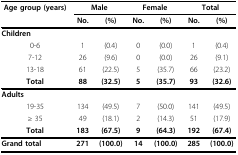
| Age group (years) | <COLSPAN=2> Male | <COLSPAN=2> Female | <COLSPAN=2> Total |
 |  | No. | (%) | No. | (%) | No. | (%) |
 | --- | --- | --- | --- | --- | --- | --- |
 | <COLSPAN=7> Children |
 | 0-6 | 1 | (0.4) | 0 | (0.0) | 1 | (0.4) |
 | 7-12 | 26 | (9.6) | 0 | (0.0) | 26 | (9.1) |
 | 13-18 | 61 | (22.5) | 5 | (35.7) | 66 | (23.2) |
 | Total | 88 | (32.5) | 5 | (35.7) | 93 | (32.6) |
 | <COLSPAN=7> Adults |
 | 19-35 | 134 | (49.5) | 7 | (50.0) | 141 | (49.5) |
 | ≥ 35 | 49 | (18.1) | 2 | (14.3) | 51 | (17.9) |
 | Total | 183 | (67.5) | 9 | (64.3) | 192 | (67.4) |
 | Grand total | 271 | (100.0) | 14 | (100.0) | 285 | (100.0) |